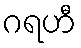
ဂရဟီ